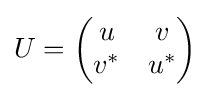
U={\begin{pmatrix}u&v\\v^{*}&u^{*}\end{pmatrix}}